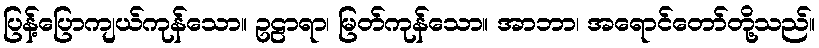
ပြန့်ပြောကျယ်ကုန်သော။ ဥဠာရာ၊ မြတ်ကုန်သော။ အာဘာ၊ အရောင်တော်တို့သည်။